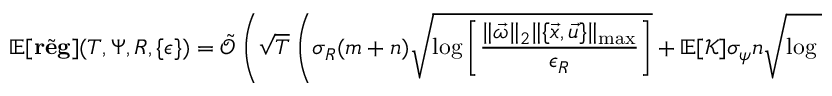
\mathbb { E } [ \tilde { \mathbf { r e g } } ] ( T , \Psi , R , \{ \epsilon \} ) = \tilde { \mathcal { O } } \left( \sqrt { T } \left( \sigma _ { R } ( m + n ) \sqrt { \log \left[ \frac { \| \vec { \omega } \| _ { 2 } \| \{ \vec { x } , \vec { u } \} \| _ { \operatorname* { m a x } } } { \epsilon _ { R } } \right] } + \mathbb { E } [ \mathcal { K } ] \sigma _ { \psi } n \sqrt { \log \left[ \frac { n \| \mathbf { A } \| _ { 1 } \| \mathbf { A } \| _ { \infty } \| \vec { x } \| _ { \operatorname* { m a x } } } { \epsilon _ { \psi } } \right] } \right) \right)